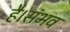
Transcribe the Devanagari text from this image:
है।संभव